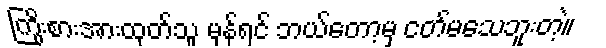
ကြိုးစားအားထုတ်သူ မှန်ရင် ဘယ်တော့မှ ငတ်မသေဘူးတဲ့။